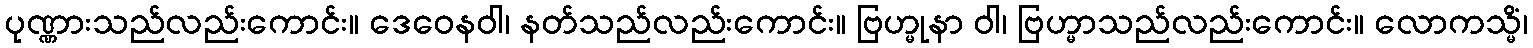
ပုဏ္ဏားသည်လည်းကောင်း။ ဒေဝေနဝါ၊ နတ်သည်လည်းကောင်း။ ဗြဟ္မုနာ ဝါ၊ ဗြဟ္မာသည်လည်းကောင်း။ လောကသ္မိံ၊